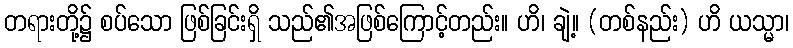
တရားတို့၌ စပ်သော ဖြစ်ခြင်းရှိ သည်၏အဖြစ်ကြောင့်တည်း။ ဟိ၊ ချဲ့။ (တစ်နည်း) ဟိ ယသ္မာ၊